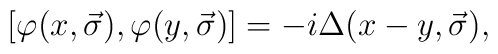
\left [ \varphi(x, \vec{\sigma}), \varphi(y, \vec{\sigma}) \right ] = - i\Delta(x - y, \vec{\sigma}),